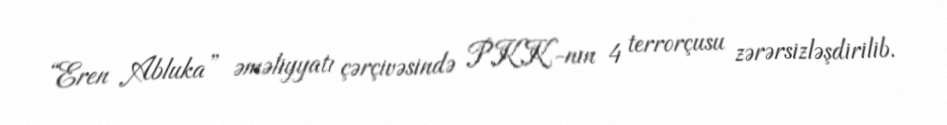
“Eren Abluka” əməliyyatı çərçivəsində PKK-nın 4 terrorçusu zərərsizləşdirilib.